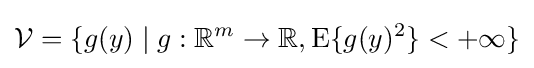
{\mathcal {V}}=\{g(y)\mid g:\mathbb {R} ^{m}\rightarrow \mathbb {R} ,\operatorname {E} \{g(y)^{2}\}<+\infty \}